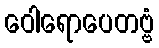
ဝေါရောပေတဗ္ဗံ